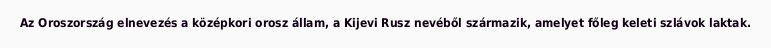
Az Oroszország elnevezés a középkori orosz állam, a Kijevi Rusz nevéből származik, amelyet főleg keleti szlávok laktak.